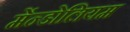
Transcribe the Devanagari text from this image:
मेंन्डोलियम